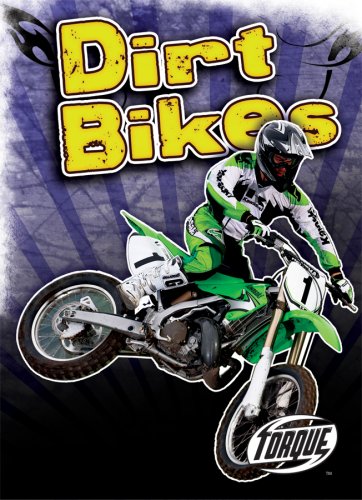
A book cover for Dirt Bikes (Torque Books: Cool Rides) (Torque: Cool Rides); Jack David; Children's Books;